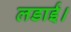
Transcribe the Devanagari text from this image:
लडाई।